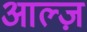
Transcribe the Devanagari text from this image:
आल्ज़